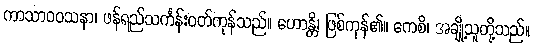
ကာသာဝဝသနာ၊ ဖန်ရည်သင်္ကန်းဝတ်ကုန်သည်။ ဟောန္တိ၊ ဖြစ်ကုန်၏။ ကေစိ၊ အချို့သူတို့သည်။